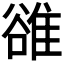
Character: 𨿜